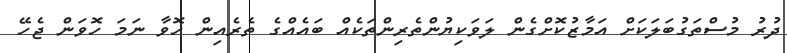
ދުރު މުސްތަގުބަލަކަށް އަމާޒުކޮށްގެން ލަވަކިޔުންތެރިންތަކެއް ބައެއްގެ ތެރެއިން ހޮވާ ނަމަ ހޮވަން ޖެހޭ